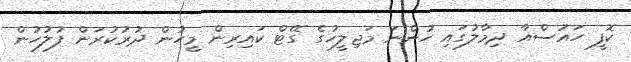
ކޮފީ ހައުސްއާ ދިމާލުގައި ހުންނަ މަޖިލީހުގެ ގޭޓް ކައިރިން މީހުން ދުރުކުރަން ފުލުހުން